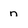
Character: n